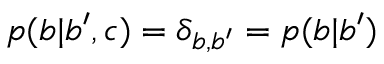
p ( b | b ^ { \prime } , c ) = \delta _ { b , b ^ { \prime } } = p ( b | b ^ { \prime } )